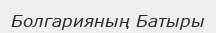
Болгарияның Батыры